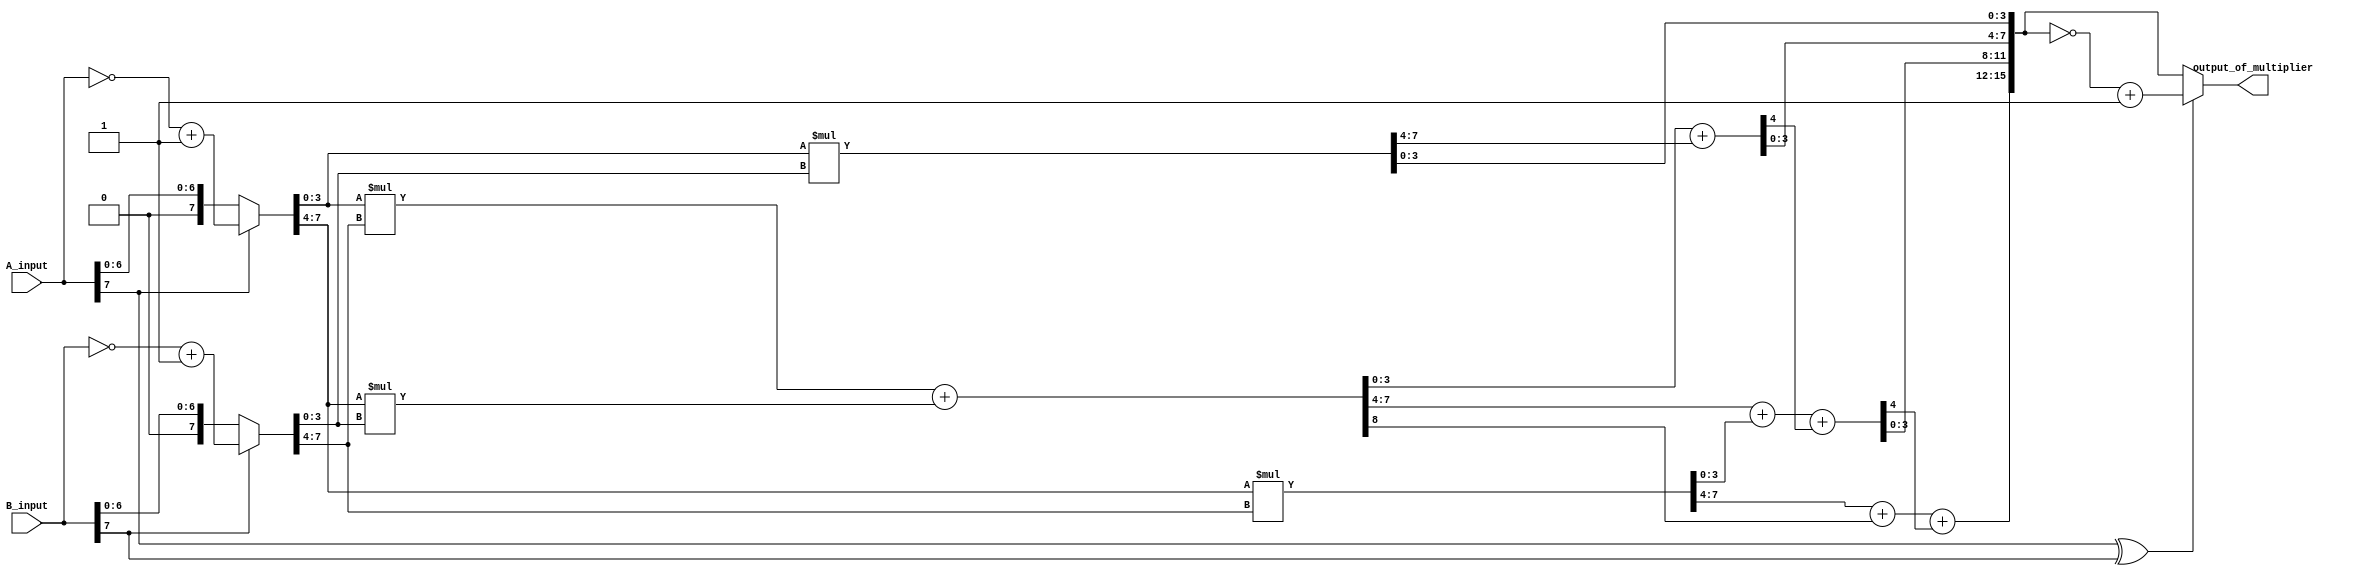
module Pipe_Line_Multiplier(A_input, B_input, output_of_multiplier);
	input [7 : 0]A_input, B_input;
	output [15 : 0]output_of_multiplier;

wire [7 : 0]absolute_value_of_A_input, absolute_value_of_B_input, ArBr, ArBl, AlBr, AlBl, ArBl_plus_AlBr;
wire co_of_ArBl_plus_AlBr, co_of_first_adder, co_of_second_adder;
wire [15 : 0]absolute_value_of_output_of_multiplier;

assign absolute_value_of_A_input = A_input[7] ? ~(A_input) + 1 : A_input;
assign absolute_value_of_B_input = B_input[7] ? ~(B_input) + 1 : B_input;

assign ArBr = absolute_value_of_A_input[3 : 0] * absolute_value_of_B_input[3 : 0];
assign ArBl = absolute_value_of_A_input[3 : 0] * absolute_value_of_B_input[7 : 4];
assign AlBr = absolute_value_of_A_input[7 : 4] * absolute_value_of_B_input[3 : 0];
assign AlBl = absolute_value_of_A_input[7 : 4] * absolute_value_of_B_input[7 : 4];

assign {co_of_ArBl_plus_AlBr, ArBl_plus_AlBr} = ArBl + AlBr;

assign absolute_value_of_output_of_multiplier[3 : 0] = ArBr[3 : 0];
assign {co_of_first_adder, absolute_value_of_output_of_multiplier[7 : 4]} = ArBl_plus_AlBr[3 : 0] + ArBr[7 : 4];
assign {co_of_second_adder, absolute_value_of_output_of_multiplier[11 : 8]} = ArBl_plus_AlBr[7 : 4] + AlBl[3 : 0] + co_of_first_adder;
assign absolute_value_of_output_of_multiplier[15 : 12] = AlBl[7 : 4] + co_of_ArBl_plus_AlBr + co_of_second_adder;

assign output_of_multiplier = (A_input[7] ^ B_input[7]) ? ~(absolute_value_of_output_of_multiplier) + 1 : absolute_value_of_output_of_multiplier;

endmodule